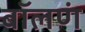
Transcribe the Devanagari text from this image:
बॉलणं